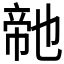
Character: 𭘬